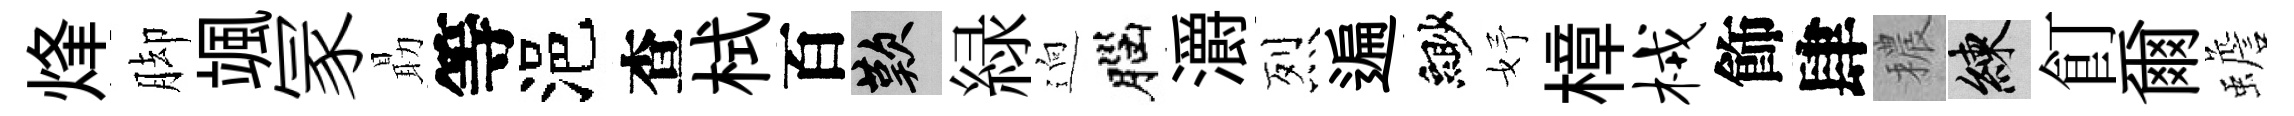
烽脚颯冡朂等浥查栻百嘆緑逈腦灂烈遍緲妤樟械飾肆穠練飣爾蟾